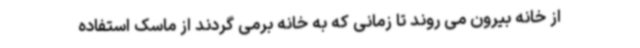
از خانه بیرون می روند تا زمانی که به خانه برمی گردند از ماسک استفاده